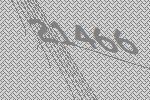
21466